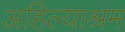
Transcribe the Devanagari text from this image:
अहिल्याश्रम